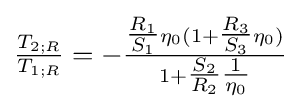
{\tfrac {T_{2;R}}{T_{1;R}}}=-{\tfrac {{\tfrac {R_{1}}{S_{1}}}\eta _{0}(1+{\tfrac {R_{3}}{S_{3}}}\eta _{0})}{1+{\tfrac {S_{2}}{R_{2}}}{\tfrac {1}{\eta _{0}}}}}